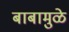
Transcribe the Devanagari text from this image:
बाबामुळे